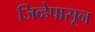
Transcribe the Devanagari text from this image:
जिव्हेपासून